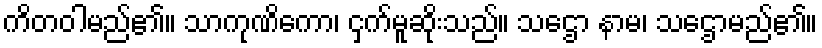
ကိတဝါမည်၏။ သာကုဏိကော၊ ငှက်မူဆိုးသည်။ သဌော နာမ၊ သဌောမည်၏။